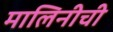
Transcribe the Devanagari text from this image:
मालिनीची